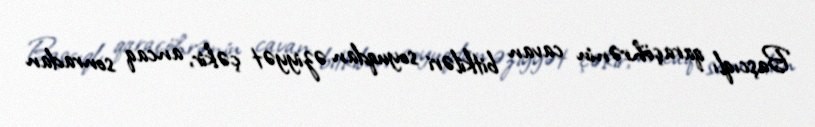
Başcıqlı qaraçöhrənin cavan bitkiləri soyuqdan əziyyət çəkir, ancaq sonradan